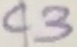
Text: C3